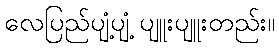
လေပြည်ပျံ့ပျံ့ ပျူးပျူးတည်း။